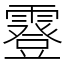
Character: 霯